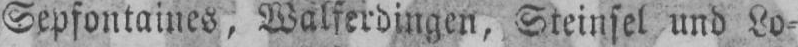
Sepfontaines, Walferdingen, Steinfel und Lo⸗